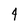
Character: 4